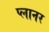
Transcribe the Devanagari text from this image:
प्‍लानर